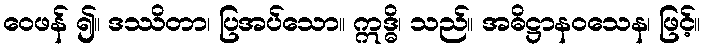
ဝေဖန် ၍။ ဒဿိတာ၊ ပြအပ်သော။ ဣဒ္ဓိ၊ သည်။ အဓိဋ္ဌာနဝသေန၊ ဖြင့်။